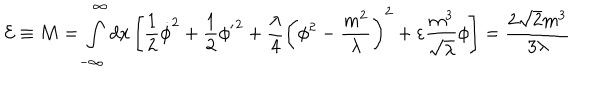
{ \cal E } \equiv M = \int _ { - \infty } ^ { \infty } d x \left[ \frac { 1 } { 2 } { \dot { \phi } } ^ { 2 } + \frac { 1 } { 2 } { { \phi } ^ { \prime } } ^ { 2 } + \frac { \lambda } { 4 } \left( \phi ^ { 2 } - \frac { m ^ { 2 } } { \lambda } \right) ^ { 2 } + \varepsilon \frac { m ^ { 3 } } { \sqrt \lambda } \phi \right] = \frac { 2 { \sqrt 2 } m ^ { 3 } } { 3 \lambda }